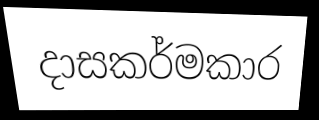
දාසකර්මකාර